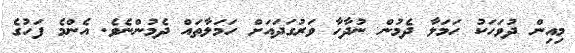
މިއިން ދުވަހަކު ހަމަލާ ދެމުން ނުދާހާ ވަރުގަދައަށް ހަމަލާތައް ދެމުންނެވެ. އެންމެ ފަހުގެ